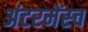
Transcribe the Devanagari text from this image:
अंटरमेंस्च